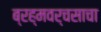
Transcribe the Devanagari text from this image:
ब्रह्मवर्चसाचा